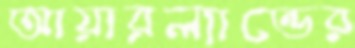
আয়ারল্যান্ডের